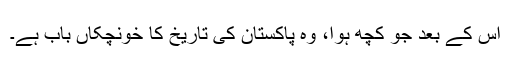
اس کے بعد جو کچھ ہوا، وہ پاکستان کی تاریخ کا خونچکاں باب ہے۔